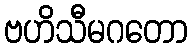
ဗဟိသီမဂတော